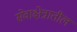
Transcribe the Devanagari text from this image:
सेवाक्षेत्रातील